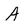
Character: A